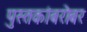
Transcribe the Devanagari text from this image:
पुस्तकांबरोबर